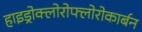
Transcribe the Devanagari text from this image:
हाइड्रोक्लोरोफ्लोरोकार्बन